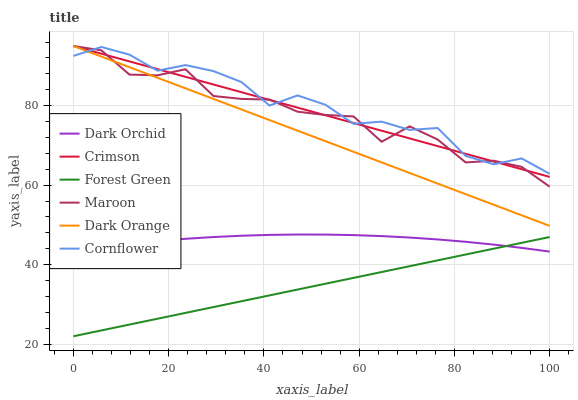
| xaxis_label | Dark Orchid | Crimson | Forest Green | Maroon | Dark Orange | Cornflower |
 | --- | --- | --- | --- | --- | --- | --- |
 | 0 | 43.6 | 95 | 22 | 95 | 95 | 92.5 |
 | 5.88 | 44.5 | 93.1 | 23.5 | 93.9 | 92.3 | 94.8 |
 | 11.8 | 45.3 | 91.1 | 24.9 | 87.8 | 89.7 | 92.8 |
 | 17.6 | 46 | 89.2 | 26.4 | 87.6 | 87 | 88.8 |
 | 23.5 | 46.5 | 87.3 | 27.9 | 89.2 | 84.4 | 90.2 |
 | 29.4 | 47 | 85.3 | 29.3 | 82.4 | 81.7 | 88.7 |
 | 35.3 | 47.3 | 83.4 | 30.8 | 81.7 | 79 | 85.9 |
 | 41.2 | 47.5 | 81.4 | 32.3 | 81.5 | 76.4 | 80 |
 | 47.1 | 47.6 | 79.5 | 33.7 | 78.5 | 73.7 | 82.6 |
 | 52.9 | 47.6 | 77.6 | 35.2 | 77.7 | 71 | 80.2 |
 | 58.8 | 47.4 | 75.6 | 36.7 | 77.3 | 68.4 | 75.4 |
 | 64.7 | 47.2 | 73.7 | 38.2 | 70.9 | 65.7 | 76 |
 | 70.6 | 46.8 | 71.8 | 39.6 | 74.8 | 63.1 | 73.9 |
 | 76.5 | 46.4 | 69.8 | 41.1 | 71.5 | 60.4 | 74.4 |
 | 82.4 | 45.8 | 67.9 | 42.6 | 65.7 | 57.7 | 67.4 |
 | 88.2 | 45.1 | 66 | 44 | 66.2 | 55.1 | 65.3 |
 | 94.1 | 44.2 | 64 | 45.5 | 64.6 | 52.4 | 66.7 |
 | 100 | 43.3 | 62.1 | 47 | 59.6 | 49.8 | 62.9 |